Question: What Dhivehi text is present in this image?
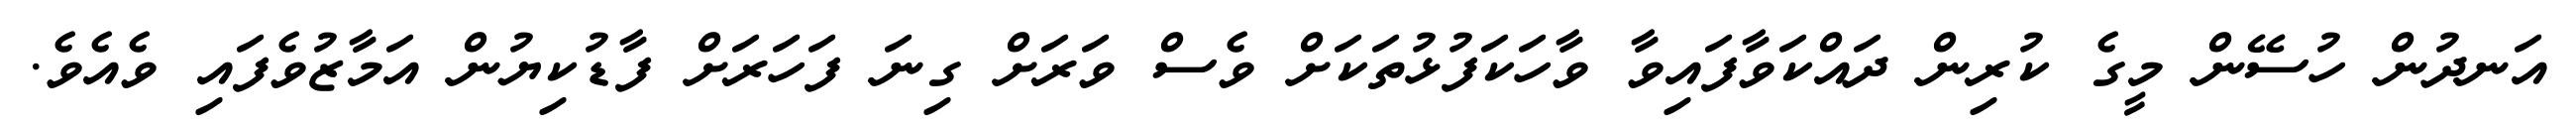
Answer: އަނދުން ހުސޭން މީގެ ކުރިން ދައްކަވާފައިވާ ވާހަކަފުޅުތަކަށް ވެސް ވަރަށް ގިނަ ފަހަރަށް ފާޑުކިޔުން އަމާޒުވެފައި ވެއެވެ.